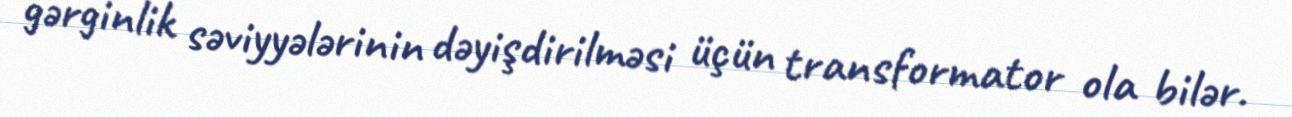
gərginlik səviyyələrinin dəyişdirilməsi üçün transformator ola bilər.